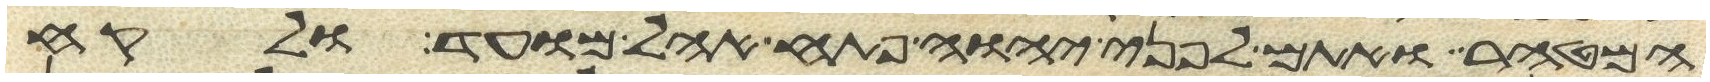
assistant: המטהר ואתם לפני יהוה פתח אהל מועד ולקח